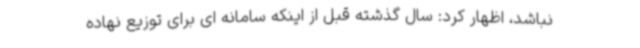
نباشد، اظهار کرد: سال گذشته قبل از اینکه سامانه ای برای توزیع نهاده